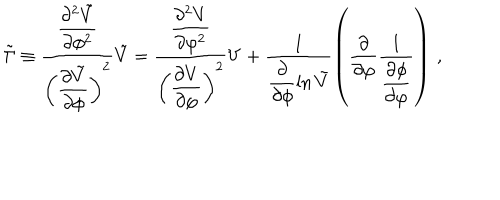
\tilde { \Gamma } \equiv \frac { \displaystyle { \frac { \partial ^ { 2 } \tilde { V } } { \partial \phi ^ { 2 } } } } { \left( \displaystyle { \frac { \partial \tilde { V } } { \partial \phi } } \right) ^ { 2 } } \tilde { V } = \frac { \displaystyle { \frac { \partial ^ { 2 } V } { \partial \varphi ^ { 2 } } } } { \left( \displaystyle { \frac { \partial V } { \partial \varphi } } \right) ^ { 2 } } V + \frac { 1 } { \displaystyle { \frac { \partial } { \partial \phi } \ln \tilde { V } } } \left( \frac { \partial } { \partial \varphi } \frac { 1 } { \displaystyle { \frac { \partial \phi } { \partial \varphi } } } \right) \, , \nonumber